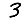
Digit: 3